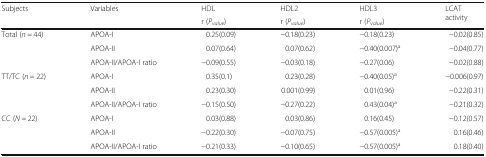
<table><thead><tr><td rowspan="2"><b>Subjects</b></td><td rowspan="2"><b>Variables</b></td><td><b>HDL</b></td><td><b>HDL2</b></td><td><b>HDL3</b></td><td rowspan="2"><b>LCAT activity</b></td></tr><tr><td><b>r (<i>P</i><sub><i>value</i></sub>)</b></td><td><b>r (<i>P</i><sub><i>value</i></sub>)</b></td><td><b>r (<i>P</i><sub><i>value</i></sub>)</b></td></tr></thead><tbody><tr><td rowspan="3">Total (<i>n</i> = 44)</td><td>APOA-I</td><td>0.25(0.09)</td><td>−0.18(0.23)</td><td>−0.18(0.23)</td><td>−0.02(0.85)</td></tr><tr><td>APOA-II</td><td>0.07(0.64)</td><td>0.07(0.62)</td><td>−0.40(0.007)<sup>a</sup></td><td>−0.04(0.77)</td></tr><tr><td>APOA-II/APOA-I ratio</td><td>−0.09(0.55)</td><td>−0.03(0.18)</td><td>−0.27(0.06)</td><td>−0.02(0.88)</td></tr><tr><td rowspan="3">TT/TC (<i>n</i> = 22)</td><td>APOA-I</td><td>0.35(0.1)</td><td>0.23(0.28)</td><td>−0.40(0.05)<sup>a</sup></td><td>−0.006(0.97)</td></tr><tr><td>APOA-II</td><td>0.23(0.30)</td><td>0.001(0.99)</td><td>0.01(0.96)</td><td>−0.22(0.31)</td></tr><tr><td>APOA-II/APOA-I ratio</td><td>−0.15(0.50)</td><td>−0.27(0.22)</td><td>0.43(0.04)<sup>a</sup></td><td>−0.21(0.32)</td></tr><tr><td rowspan="3">CC (<i>N</i> = 22)</td><td>APOA-I</td><td>0.03(0.88)</td><td>0.03(0.86)</td><td>0.16(0.45)</td><td>−0.12(0.57)</td></tr><tr><td>APOA-II</td><td>−0.22(0.30)</td><td>−0.07(0.75)</td><td>−0.57(0.005)<sup>a</sup></td><td>0.16(0.46)</td></tr><tr><td>APOA-II/APOA-I ratio</td><td>−0.21(0.33)</td><td>−0.10(0.65)</td><td>−0.57(0.005)<sup>a</sup></td><td>0.18(0.40)</td></tr></tbody></table>